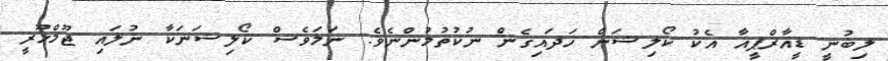
ލިބުނީ ޑީއާރްޕީއާ އެކު ކޯލިޝަން ހަދައިގެން ނުކުތުމުންނެވެ. ނަމަވެސް ކޯލިޝަނަކާ ނުލައި ޖޫމްހޫރީ